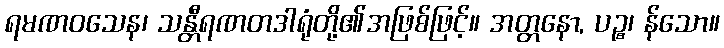
ရမဏဝသေန၊ သန္တီရဏတဒါရုံတို့၏အဖြစ်ဖြင့်။ အတ္တနော, ပဉ္စ၊ န်သော။